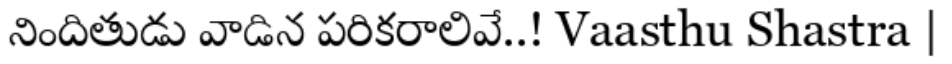
నిందితుడు వాడిన పరికరాలివే..! Vaasthu Shastra |